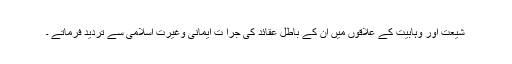
شیعت اور وہابیت کے علاقوں میں ان کے باطل عقائد کی جراٗ ت ایمانی وغیرت اسلامی سے تردید فرماتے ۔